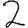
Digit: 2